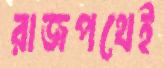
রাজপথেই